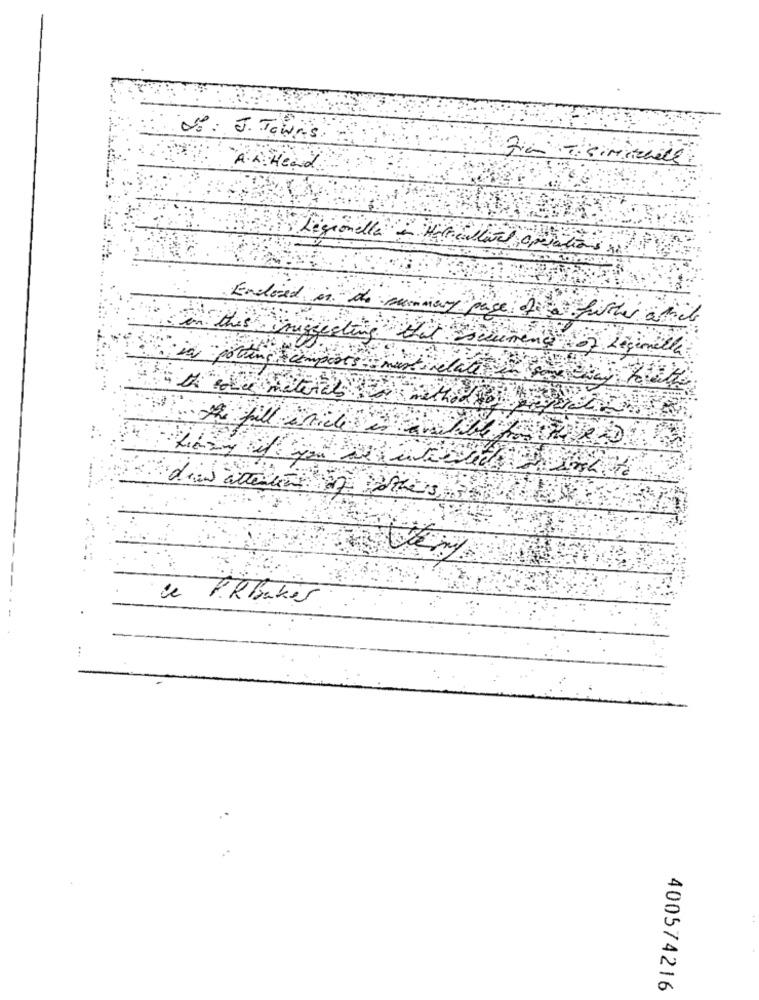
28: J. Towns
A.A. Head
Legionella - Mal-callvel operations si
Enclosed
onge di a fitthe abile
this mugg
Escurence of Legionella
A fill
de PRBaker
:
400574216